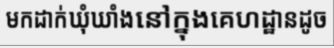
មកដាក់ឃុំឃាំងនៅក្នុងគេហដ្ឋានដូច